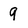
Character: 9